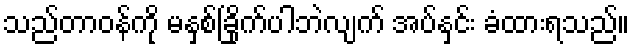
သည်တာဝန်ကို မနှစ်ခြိုက်ပါဘဲလျက် အပ်နှင်း ခံထားရသည်။